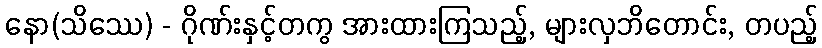
နော(သိဿေ) - ဂိုဏ်းနှင့်တကွ အားထားကြသည့်, များလှဘိတောင်း, တပည့်